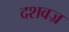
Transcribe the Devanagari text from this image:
दशवज्र